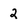
Character: 2